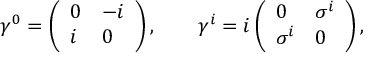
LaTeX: \gamma ^ { 0 } = \left( \begin{array} { l l } { { 0 } } & { { - i } } \\ { { i } } & { { 0 } } \end{array} \right) , \qquad \gamma ^ { i } = i \left( \begin{array} { l l } { { 0 } } & { { \sigma ^ { i } } } \\ { { \sigma ^ { i } } } & { { 0 } } \end{array} \right) ,